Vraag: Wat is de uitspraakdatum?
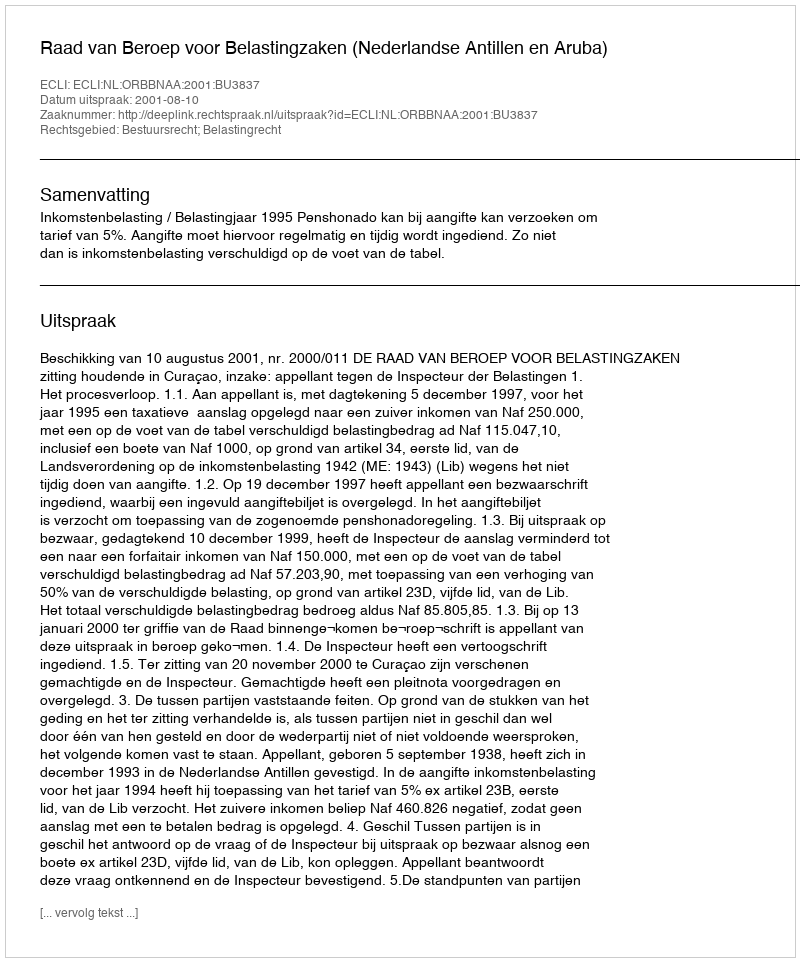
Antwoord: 2001-08-10